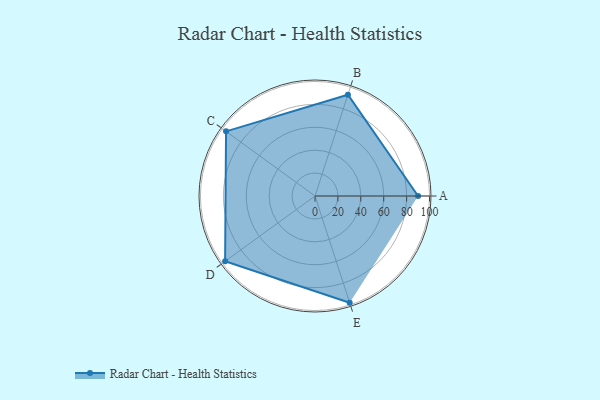
{"axis": {"x": "Skill", "y": "Score"}, "legend": ["Profile"], "data": [{"x": "A", "y": 90.0, "type": "Profile"}, {"x": "B", "y": 93.0, "type": "Profile"}, {"x": "C", "y": 96.0, "type": "Profile"}, {"x": "D", "y": 97.0, "type": "Profile"}, {"x": "E", "y": 98.0, "type": "Profile"}]}